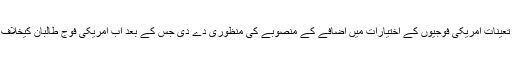
امریکی صدر باراک اوباما نے افغانستان میں تعینات امریکی فوجیوں کے اختیارات میں اضافے کے منصوبے کی منظوری دے دی جس کے بعد اب امریکی فوج طالبان کیخلاف جنگ میں زیادہ فعال کردار ادا کر سکے گی۔